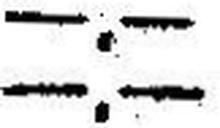
—.—